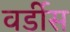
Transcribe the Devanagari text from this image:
वर्डीस